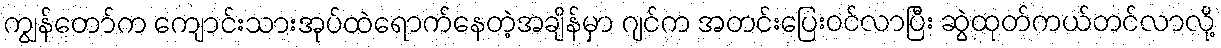
ကျွန်တော်က ကျောင်းသားအုပ်ထဲရောက်နေတဲ့အချိန်မှာ ဂျင်က အတင်းပြေးဝင်လာပြီး ဆွဲထုတ်ကယ်တင်လာလို့